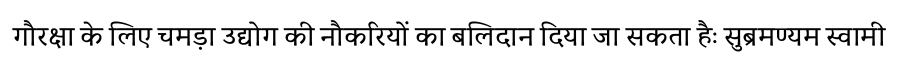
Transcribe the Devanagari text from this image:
गौरक्षा के लिए चमड़ा उद्योग की नौकरियों का बलिदान दिया जा सकता हैः सुब्रमण्यम स्वामी